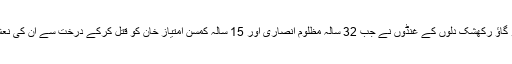
جھارکھنڈ لاتیہار ضلع کے بالومتھی میں 18 مارچ 2016 ء کو گاؤ رکھشک دلوں کے غنڈوں نے جب 32 سالہ مظلوم انصاری اور 15 سالہ کمسن امتیاز خان کو قتل کرکے درخت سے ان کی نعش لٹکادیں تب بھی مودی کی زبان سے ایک بھی لفظ ادا نہیں ہوا ۔